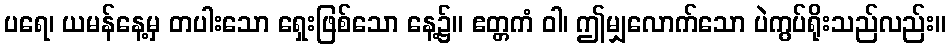
ပရေ၊ ယမန်နေ့မှ တပါးသော ရှေးဖြစ်သော နေ့၌။ ဧတ္တကံ ဝါ၊ ဤမျှလောက်သော ပဲကွပ်ရိုးသည်လည်း။